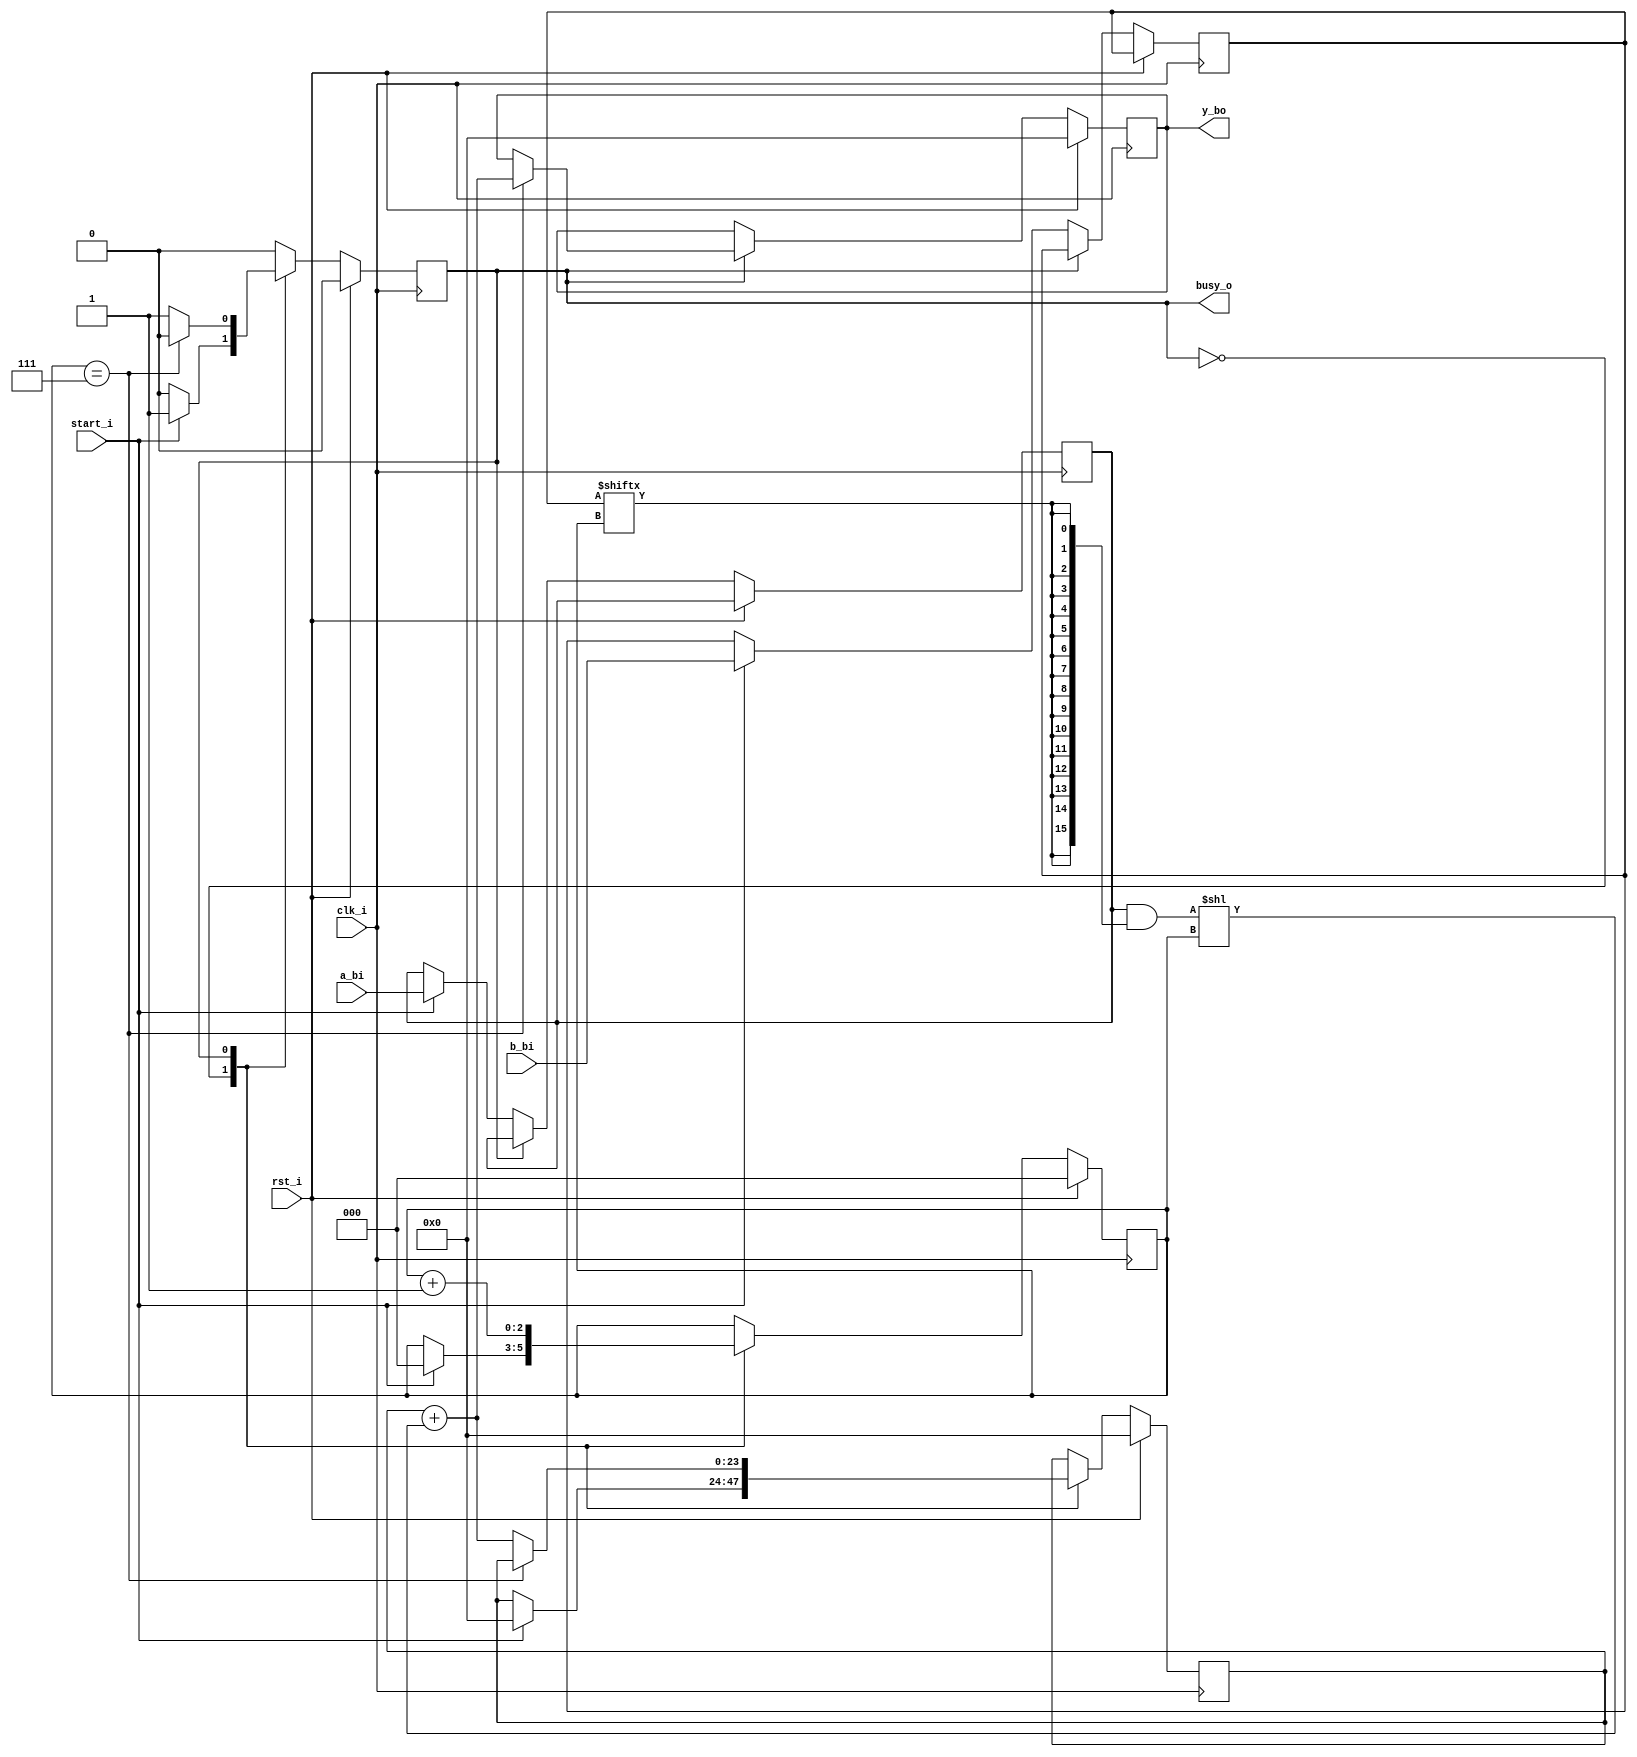
`timescale 1ns / 1ps

module mult (
  input clk_i,
  input rst_i,
  input [15:0] a_bi,
  input [7:0] b_bi,
  input start_i,
  output busy_o,
  output reg [23:0] y_bo
);
  localparam IDLE = 1'b0;
  localparam WORK = 1'b1;
  reg [2:0] ctr;
  wire [2:0] end_step;
  wire [15:0] part_sum;
  wire [23:0] shifted_part_sum;
  reg [15:0] a;
  reg [7:0] b;
  reg [23:0] part_res;
  reg state;
  assign part_sum = a & {16{b[ctr]}} ;
  assign shifted_part_sum = part_sum << ctr;
  assign end_step = (ctr == 3'h7);
  assign busy_o = state;
  always @(posedge clk_i)
    if (rst_i) begin
      ctr <= 0;
      part_res <= 0;
      y_bo <= 0;
      state <= IDLE;
    end else begin
      case (state) 
        IDLE :
          if (start_i) begin
            state <= WORK;
            a <= a_bi;
            b <= b_bi;
            ctr <= 0;
            part_res <= 0;
          end
        WORK:
          begin
            if (end_step) begin
              state <= IDLE;
              y_bo <= part_res + shifted_part_sum;
            end else part_res <= part_res + shifted_part_sum;
            ctr <= ctr + 1;
          end
      endcase
    end
endmodule